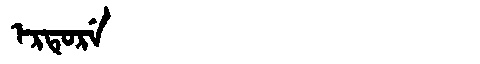
Manchu: ᡝᡵᡨᡠᡵᡝ
Romanization: ERTURE